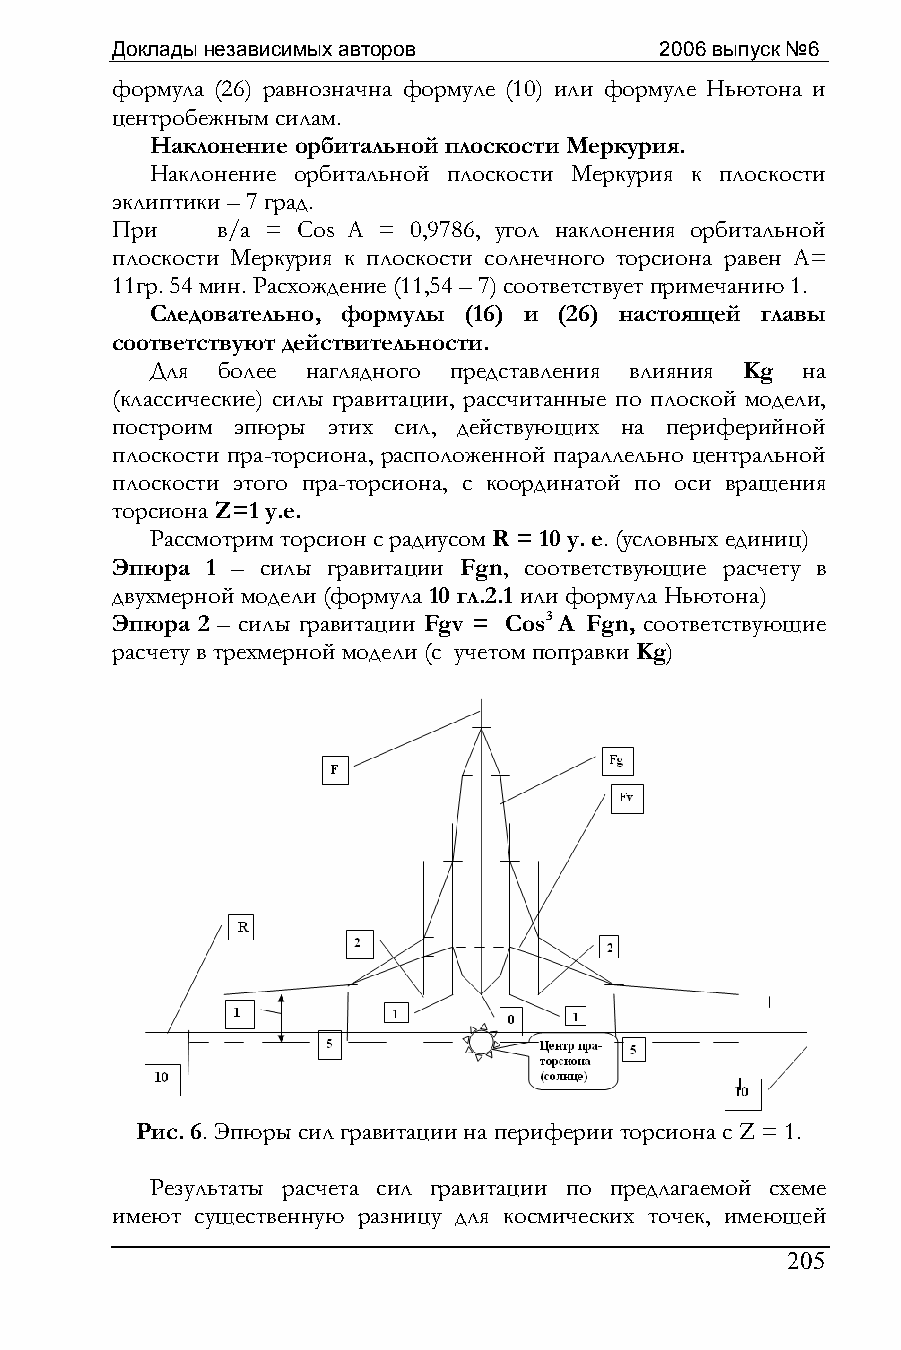
Доклады независимых авторов          2006 выпуск №6
 формула (26) равнозначна формуле (10) или формуле Ньютона и
 центробежным силам.
 Наклонение орбитальной плоскости Меркурия.
 Наклонение орбитальной плоскости Меркурия к плоскости
 эклиптики – 7 град.
 При    в/а = Cos A = 0,9786, угол наклонения орбитальной
 плоскости Меркурия к плоскости солнечного торсиона равен А=
 11гр. 54 мин. Расхождение (11,54 – 7) соответствует примечанию 1.
 Следовательно, формулы (16) и (26) настоящей главы
 соответствуют действительности.
 Для более наглядного представления влияния Kg на
 (классические) силы гравитации, рассчитанные по плоской модели,
 построим эпюры этих сил, действующих на периферийной
 плоскости пра-торсиона, расположенной параллельно центральной
 плоскости этого пра-торсиона, с координатой по оси вращения
 торсиона Z=1 у.е.
 Рассмотрим торсион с радиусом R = 10 у. е. (условных единиц)
 Эпюра  1 – силы гравитации Fgn, соответствующие расчету в
 двухмерной модели (формула 10 гл.2.1 или формула Ньютона)
 Эпюра 2 – силы гравитации Fgv = Cos3 A Fgn, соответствующие
 расчету в трехмерной модели (с учетом поправки Kg)
 Рис. 6. Эпюры сил гравитации на периферии торсиона с Z = 1.
 Результаты расчета сил гравитации по предлагаемой схеме
 имеют существенную разницу для космических точек, имеющей
 205